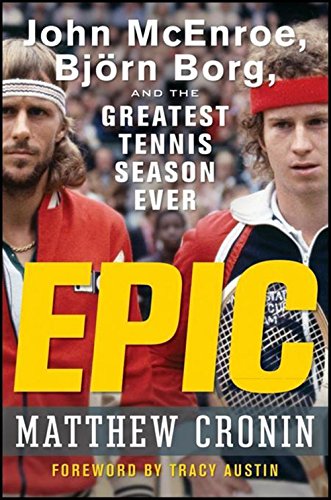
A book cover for Epic: John McEnroe, Bjrn Borg, and the Greatest Tennis Season Ever; Matthew Cronin; Sports & Outdoors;